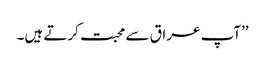
’’آپ عراق سے محبت کرتے ہیں۔